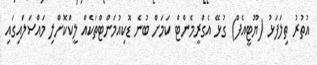
އުތުރު ތިލަފަޅު (ޔޫޓީއެފް) ގުޅޭ އެގްރީމެންޓް ކަމަށް ބުނެ ޑޮކިއުމަންޓްތަކެއް ލީކްކޮށްލި މައްސަލައިގައި